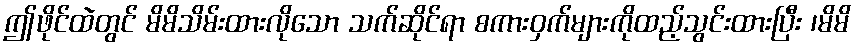
ဤဖိုင်ထဲတွင် မိမိသိမ်းထားလိုသော သက်ဆိုင်ရာ စကားဝှက်များကိုထည့်သွင်းထားပြီး ၊မိမိ